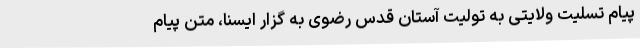
پیام تسلیت ولایتی به تولیت آستان قدس رضوی به گزار ایسنا، متن پیام